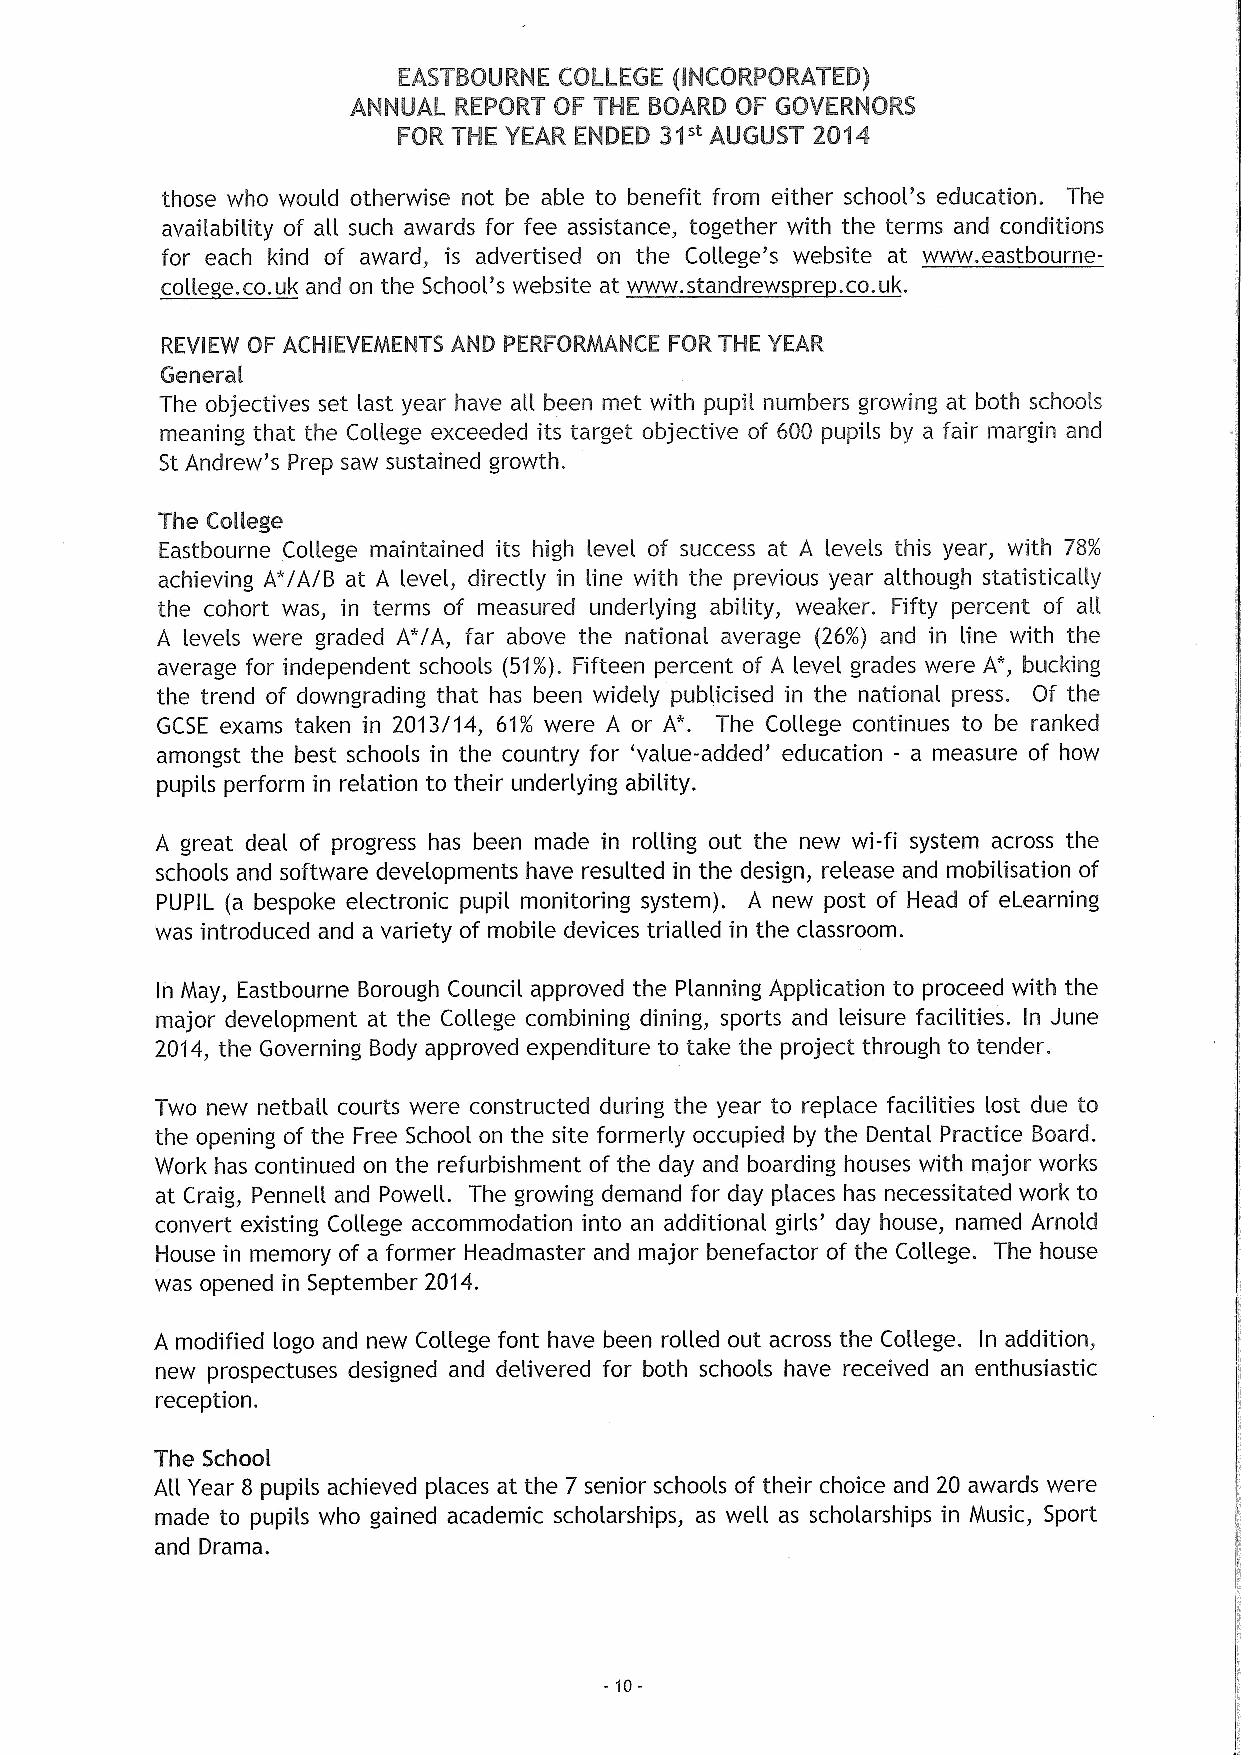
those who would otherwise not be able to benefit from either school's education. The
 availability of all such awards for fee assistance, together with the terms and conditions
 for each kind of award, . is advertised on the College's website at www. eastbourne-
 REVIEW OF ACHIEVEMENTS AND PERFORMANCE FOR THE YEAR
 General
 The objectives set last year have all been met with pupil numbers growing at both schools
 meaning that the College exceeded its target objective of 600 pupils by a fair margin and
 St Andrew's Prep saw sustained growth,
 The College
 Eastbourne College maintained its high level of success at A levels this year, with 78/.
 achieving A"iAiB at A level, directly in line with the previous year although statistically
 the cohort was, in terms of measured underlying ability, weaker. Fifty percent of all
 A levels were graded A*iA, far above the national average (26/o) and in line with the
 average for independent schools (51/o). Fifteen percent of A level grades were A", bucking
 the trend of downgrading that has been widely publicised in the national press. Of the
 GCSE exams taken in 2013/14, 61/o were A or A'. The College continues to be ranked
 amongst the best schools in the country for 'value-added' education - a measure of how
 pupils perform in relation to their underlying ability.
 A great deal of progress has been made in rolling out the new wi-fi system across the
 schools and software developments have resulted in the design, release and mobilisation of
 PUPIL (a bespoke electronic pupil monitoring system), A new post of Head of eLearning
 was introduced and a variety of mobile devices trialled in the classroom.
 In May, Eastbourne Borough Council approved the Planning Application to proceed with the
 major development at the College combining dining, sports and leisure facilities. In June
 2014, the Governing Body approved expenditure to take the project through to tender.
 Two new netball courts were constructed during the year to replace facilities lost due to
 the opening of the Free School on the site formerly occupied by the Dental Practice Board.
 Work has continued on the refurbishment of the day and boarding houses with major works
 at Craig, Pennell and Powell. The growing demand for day places has necessitated work to
 convert existing College accommodation into an additional girls' day house, named Arnold
 House in memory of a former Headmaster and major benefactor of the College. The house
 was opened in September 2014.
 A modified logo and new College font have been rolled out across the College. In addition,
 new prospectuses designed and delivered for both schools have received an enthusiastic
 reception.
 The School
 All Year 8 pupils achieved places at the 7 senior schools of their choice and 20 awards were
 made to pupils who gained academic scholarships, as well as scholarships in Music, Sport
 and Drama.
 10-